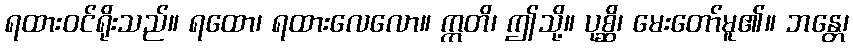
ရထားဝင်ရိုးသည်။ ရထော၊ ရထားလေလော။ ဣတိ၊ ဤသို့။ ပုစ္ဆိ၊ မေးတော်မူ၏။ ဘန္တေ၊